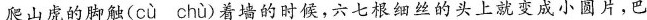
爬山虎的脚\underset{·}{触+(cù chù)着墙的时候，六七根细丝的头上就变成小圆片，巴